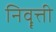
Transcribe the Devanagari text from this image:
निवॄत्ती